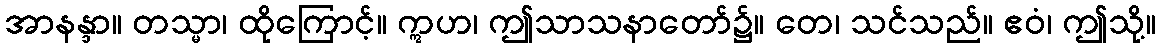
အာနန္ဒာ။ တသ္မာ၊ ထိုကြောင့်။ ဣဟ၊ ဤသာသနာတော်၌။ တေ၊ သင်သည်။ ဧဝံ၊ ဤသို့။